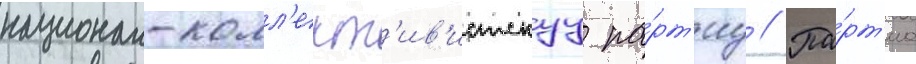
национал-колл'ект'ив'истскуу па́рт'иу // Па́рт'иа